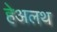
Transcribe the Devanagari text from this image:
हेअलथ